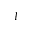
I